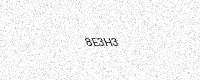
Text: 8E3H3